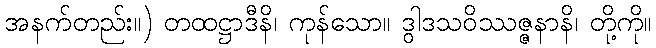
အနက်တည်း။) တထဋ္ဌာဒီနိ၊ ကုန်သော။ ဒွါဒသဝိဿဇ္ဇနာနိ၊ တို့ကို။